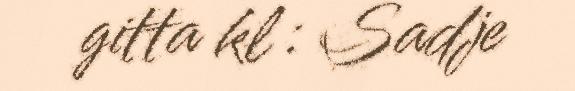
gitta kl : Sadje